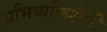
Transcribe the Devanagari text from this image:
अभिव्यक्तिशैली